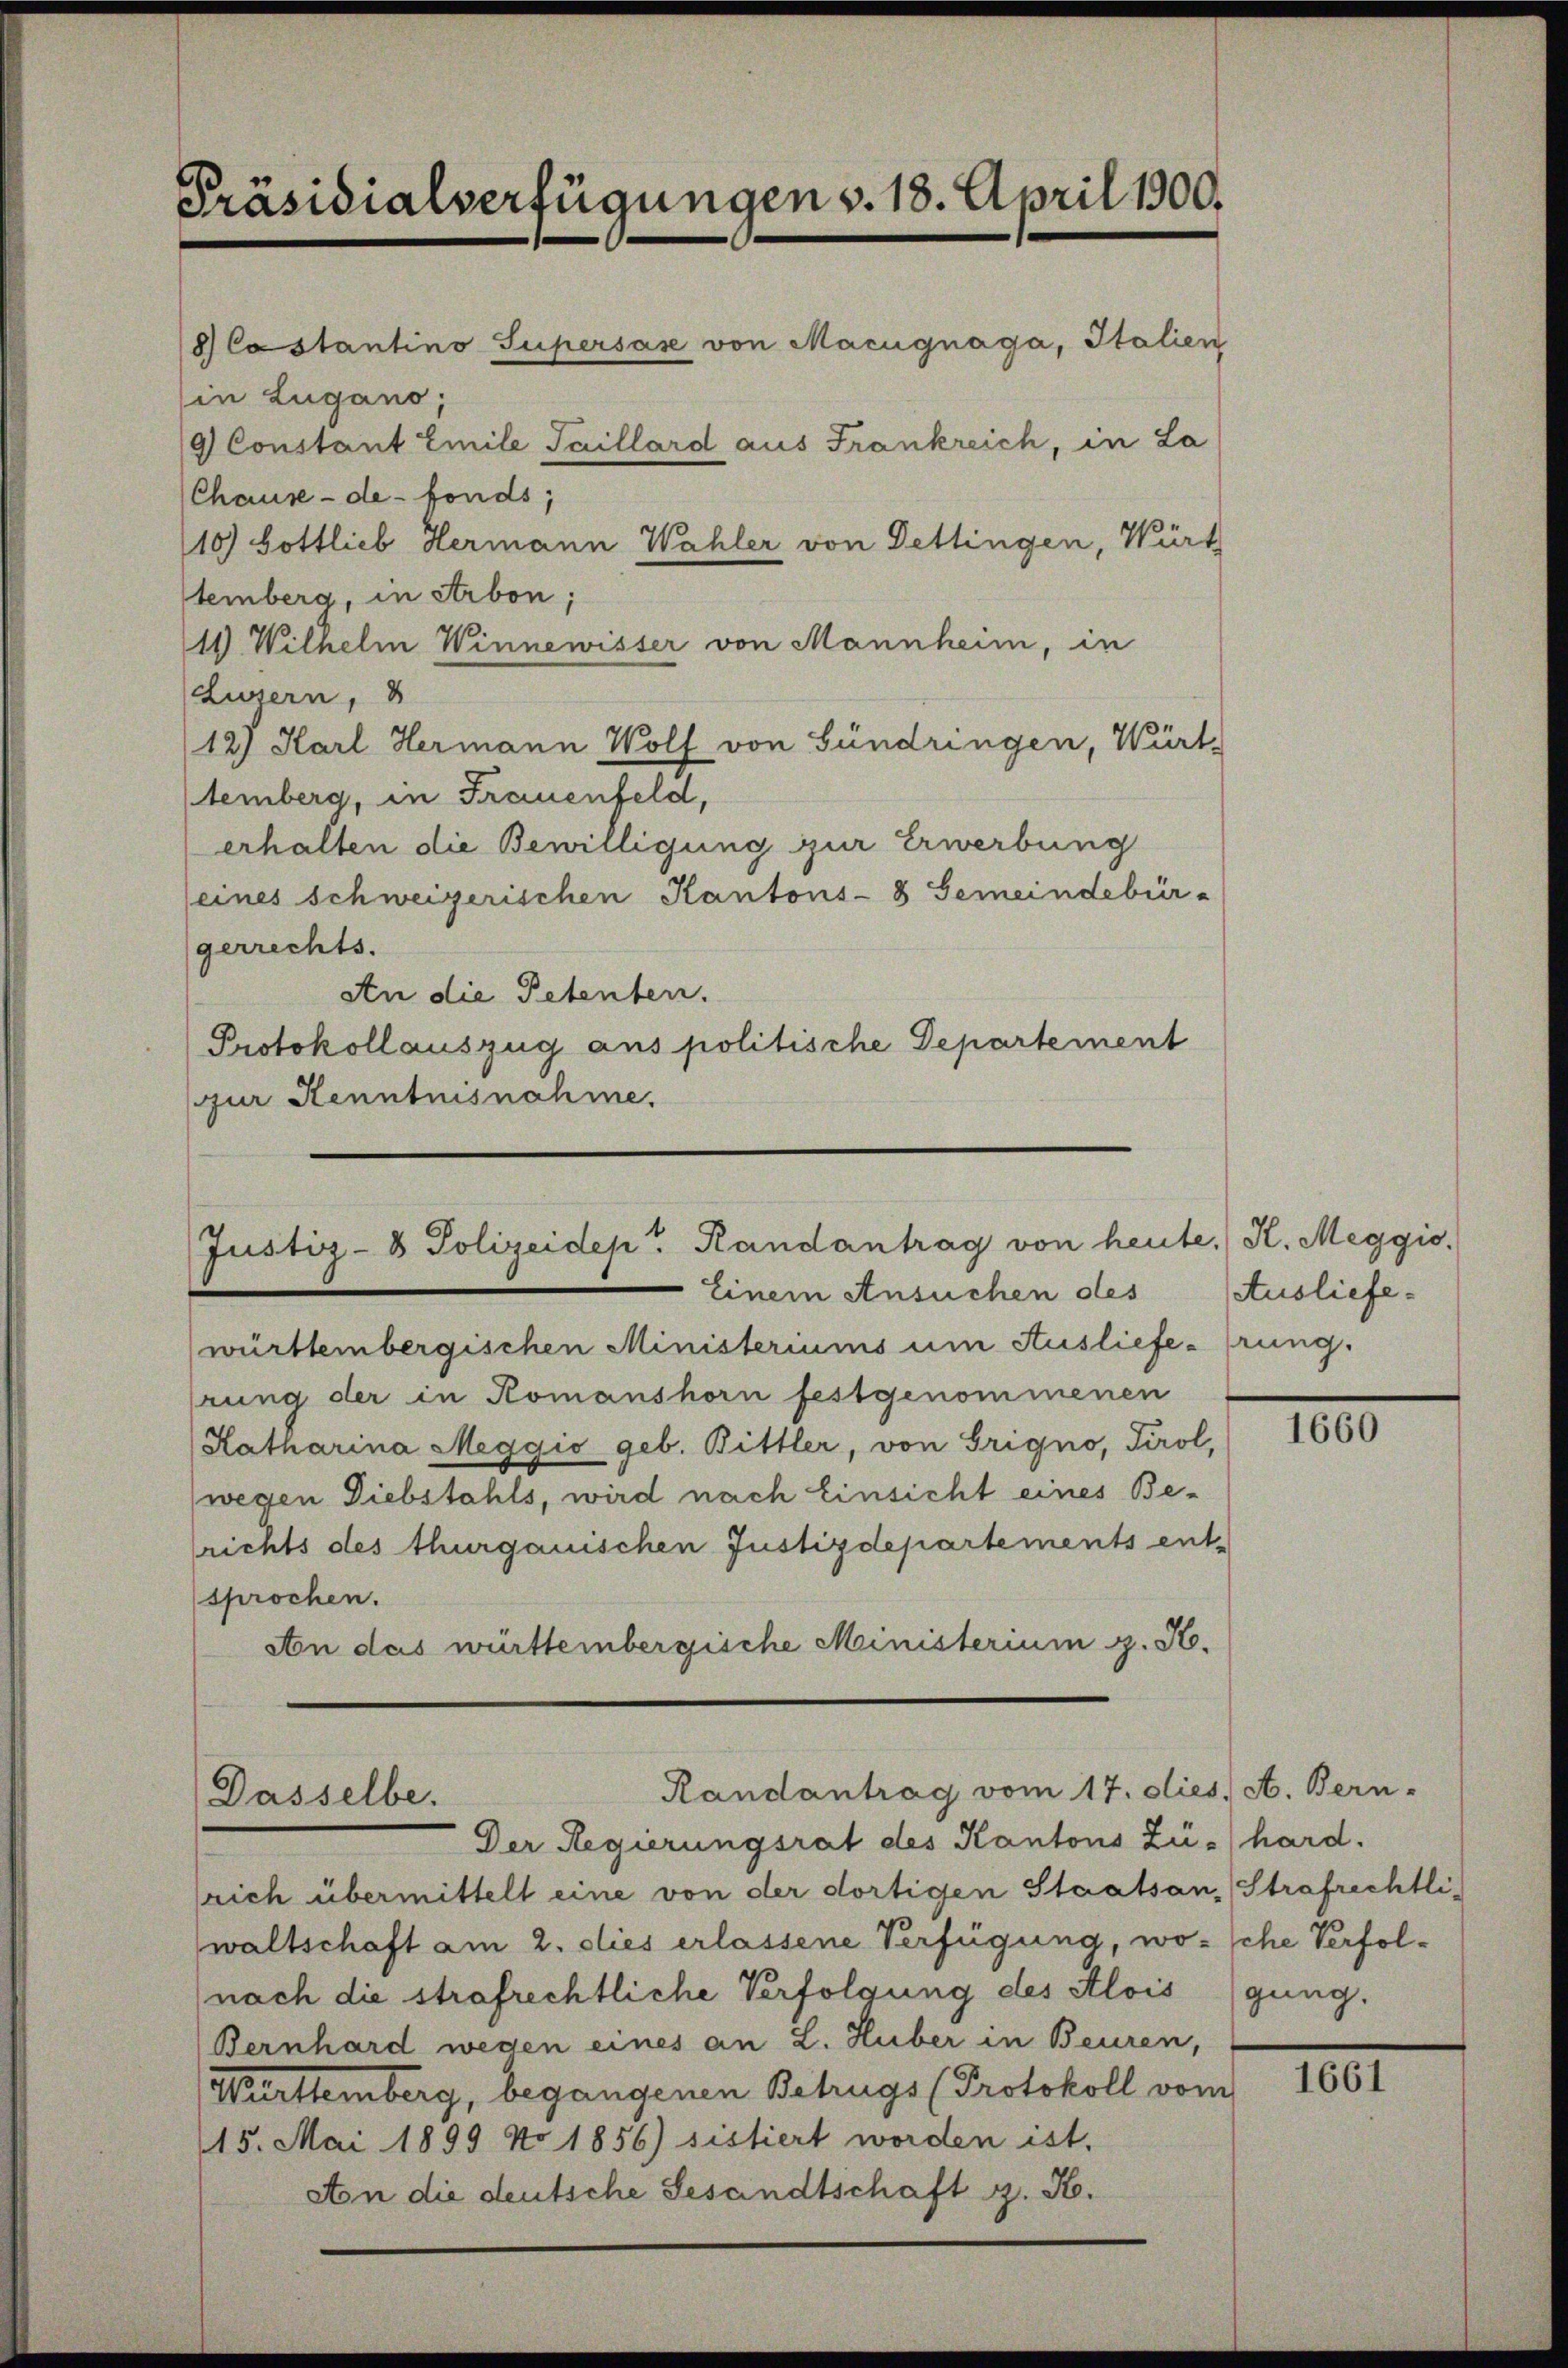
Präsidialverfügungen v. 18. April 1900.

in Lugano,
Chause - de fonds;
temberg, in Arbon;
1 Wilhelm Winnewisser von Mannheim, in
Lusern, 3
12) Karl Hermann Wolf von Gündringen, Würt
temberg, in Frauenfeld,
erhalten die Bewilligung zur Erwerbung
(eines schweizerischen Kantons- & Gemeindebürgerrechts.
An die Petenten.
Protokollauszug aus politische Departement
ur Kenntnisnahme.

8 Costantino Supersás von Macugnága, Italien
9 Constant Emile Saillard aus Frankreich, in La
10) Gottlieb Hermann Wahler von Dettingen, Würt

Justiz- & Polizeidepr Randantrag von heute. K. Meggio,
Einem Ansuchen des

württembergischen Ministeriums um Auslieferung.
rung der in Romanshorn festgenommenen
Katharina Meggio geb. Bittler, von Trigno, Tirol,
wegen Diebstahls, wird nach Einsicht eines Be-
(richts des thurgauischen Justizdepartements ent-
sprochen.
An das württembergische Ministerium g. H.

Der Regierungsrat des Kantons Zü- hard.
srich übermittelt eine von der dortigen Staatsan, Strafrechtli
waltschaft am 2. dies erlassene Verfügung, wo- sche Verfol¬
(nach die strafrechtliche Verfolgung des Alois
Bernhard wegen eines an L. Huber in Beuren,
Württemberg, begangenen Betrugs (Protokoll vom
15. Mai 1899 No 1856) sistiert worden ist.
An die deutsche Gesandtschaft z. H.

Randantrag vom 17. dies, A. Bern-
Dasselbe.

Ausliefe.

1660

gung.

1661